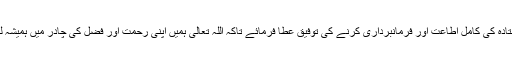
اللہ تعالیٰ ہمیں حقیقی موحد بننے اور اپنے بھیجے ہوئے فرستادہ کی کامل اطاعت اور فرمانبرداری کرنے کی توفیق عطا فرمائے تاکہ اللہ تعالیٰ ہمیں اپنی رحمت اور فضل کی چادر میں ہمیشہ لپیٹے رکھے اور اپنا قرب حاصل کرنے والا بناتا چلا جائے۔